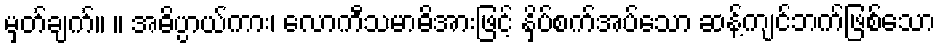
မှတ်ချက်။ ။ အဓိပ္ပာယ်ကား၊ လောကီသမာဓိအားဖြင့် နှိပ်စက်အပ်သော ဆန့်ကျင်ဘက်ဖြစ်သော